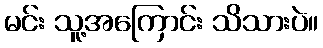
မင်း သူ့အကြောင်း သိသားပဲ။